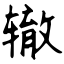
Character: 辙